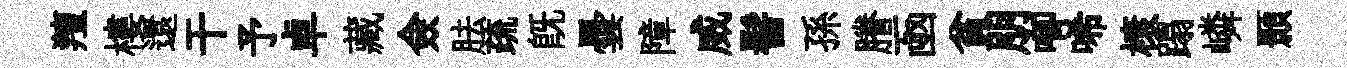
羶樓還干予卓藏僉胠疏既曇障威髻孫謄凾貧朋唧唏榱蹋嶙顥